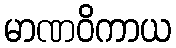
မာဏဝိကာယ